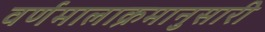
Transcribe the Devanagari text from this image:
वर्णमालाक्रमानुसारी